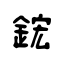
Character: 鋐